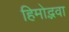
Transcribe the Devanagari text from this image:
हिमोद्भवा